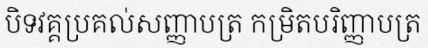
បិទវគ្គប្រគល់សញ្ញាបត្រ កម្រិតបរិញ្ញាបត្រ